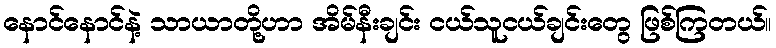
နောင်နောင်နဲ့ သာယာတို့ဟာ အိမ်နီးချင်း ငယ်သူငယ်ချင်းတွေ ဖြစ်ကြတယ်။